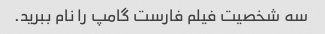
سه شخصیت فیلم فارست گامپ را نام ببرید.